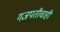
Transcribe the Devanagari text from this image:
गजपतीचाही